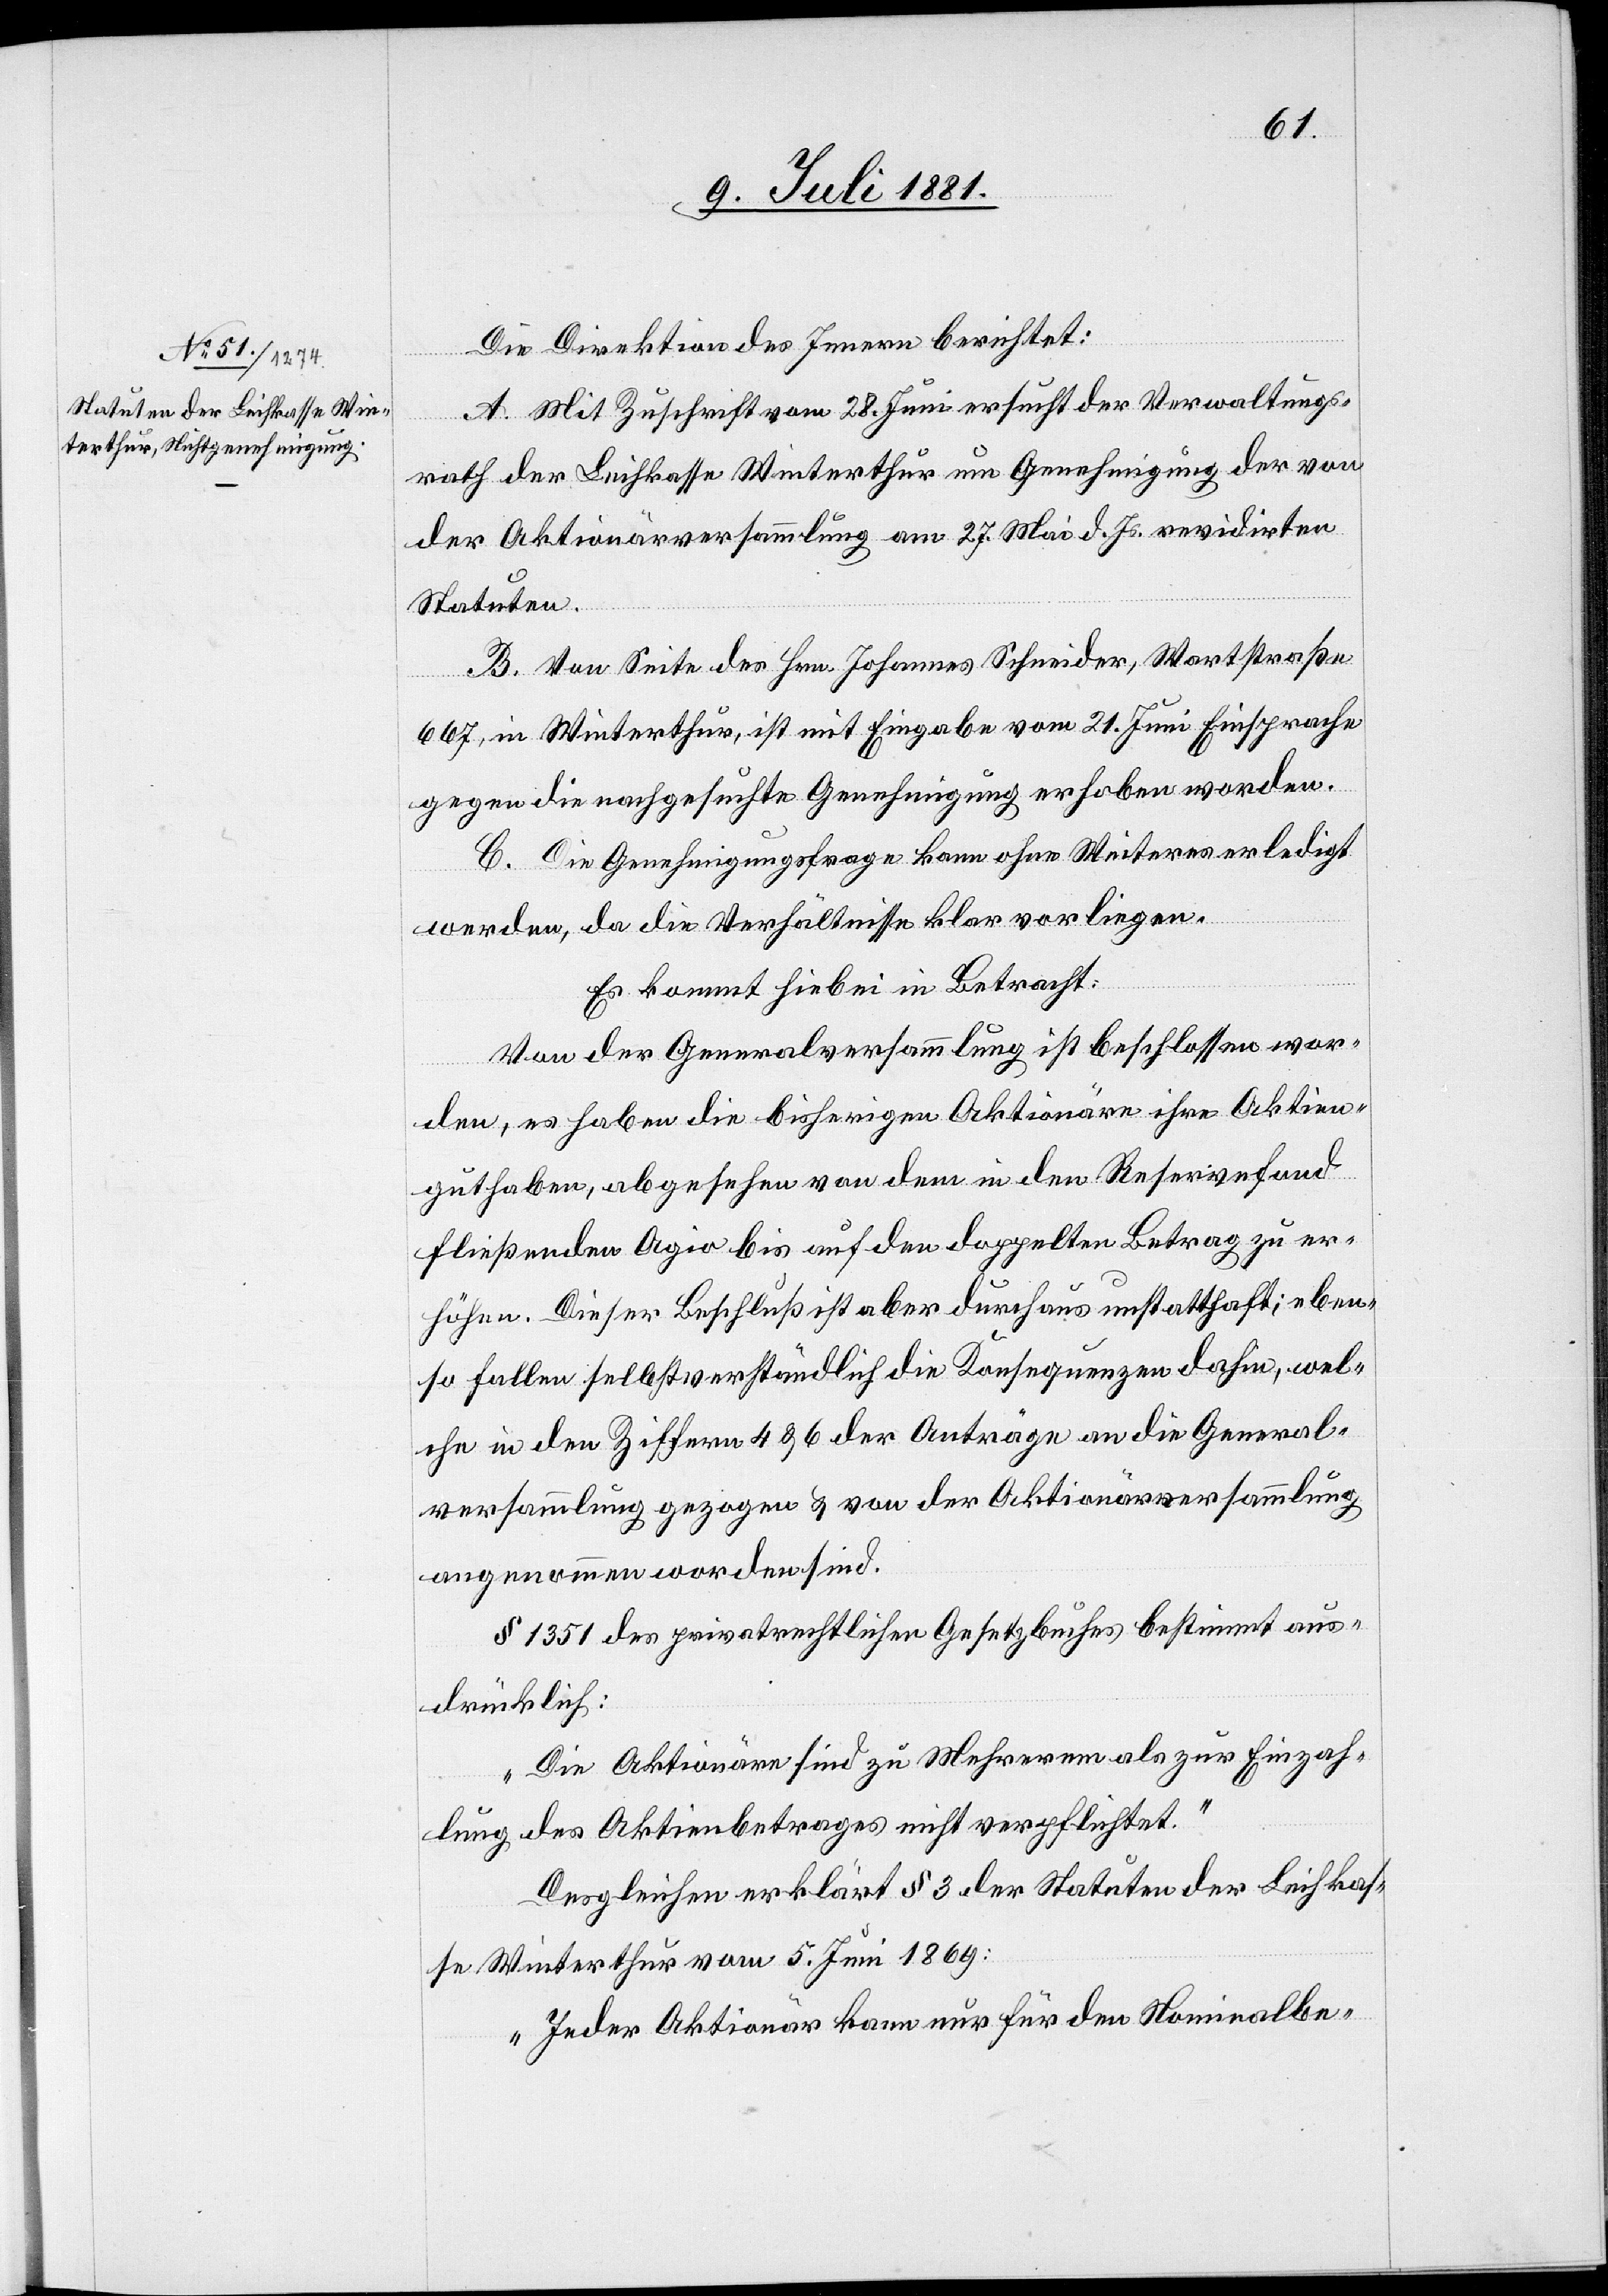
Die Direktion des Innern berichtet:
A. Mit Zuschrift vom 28. Juni ersucht der Verwaltungs¬
rath der Leihkasse Winterthur um Genehmigung der von
der Aktionärversammlung am 27. Mai d. Js. revidirten
Statuten.
B. Von Seite des Hrn. Johannes Schneider, Wartstraße
667, in Winterthur, ist mit Eingabe vom 21. Juni Einsprache
gegen die nachgesuchte Genehmigung erhoben worden.
C. Die Genehmigungsfrage kann ohne Weiteres erledigt
werden, da die Verhältnisse klar vorliegen.
Es kommt hiebei in Betracht:
Von der Generalversammlung ist beschlossen wor¬
den, es haben die bisherigen Aktionäre ihre Aktien¬
guthaben, abgesehen von dem in den Reservefond
fließenden Agio bis auf den doppelten Betrag zu er¬
höhen. Dieser Beschluß ist aber durchaus unstatthaft; eben¬
so fallen selbstverständlich die Konsequenzen dahin, wel¬
che in den Ziffern 4 & 6 der Anträge an die General¬
versammlung gezogen & von der Aktionärversammlung
angenommen worden sind.
§ 1351 des privatrechtlichen Gesetzbuches bestimmt aus¬
drücklich:
„Die Aktionäre sind zu Mehreren als zur Einzah¬
lung des Aktienbetrages nicht verpflichtet.“
Desgleichen erklärt § 3 der Statuten der Leihkas¬
se Winterthur vom 5. Juni 1869:
„Jeder Aktionär kann nur für den Nominalbe-